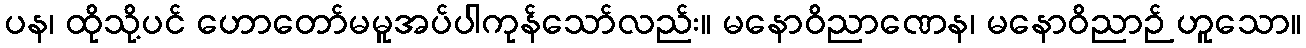
ပန၊ ထိုသို့ပင် ဟောတော်မမူအပ်ပါကုန်သော်လည်း။ မနောဝိညာဏေန၊ မနောဝိညာဉ် ဟူသော။